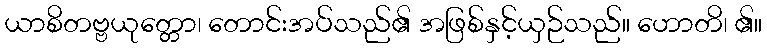
ယာစိတဗ္ဗယုတ္တော၊ တောင်းအပ်သည်၏ အဖြစ်နှင့်ယှဉ်သည်။ ဟောတိ၊ ၏။